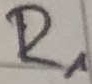
Text: R1